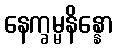
နေက္ခမ္မနိန္နော